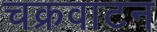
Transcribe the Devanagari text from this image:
चक्रवाटन